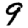
Digit: 9